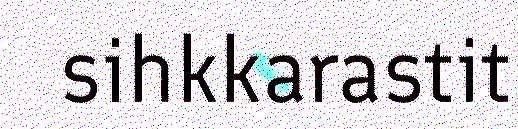
sihkkarastit